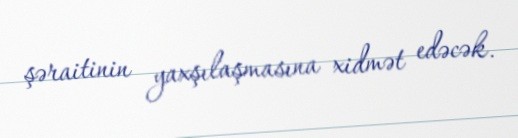
şəraitinin yaxşılaşmasına xidmət edəcək.